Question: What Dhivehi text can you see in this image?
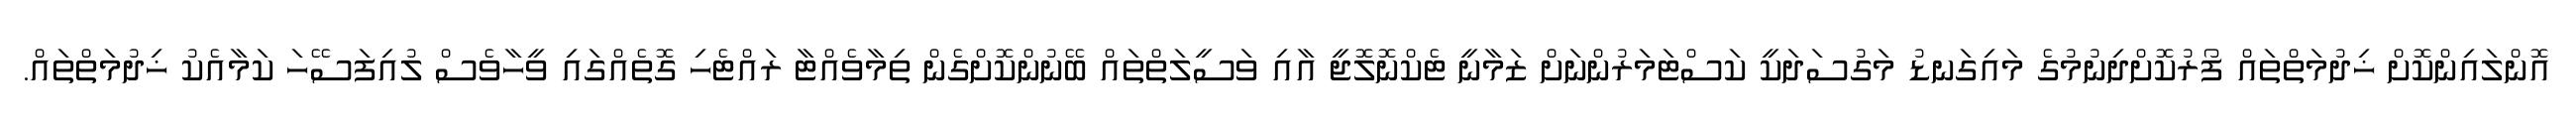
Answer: އޮންލައިންކޮށް ޚިދުމަތްތައް ފޯރުކޮށްދިނުމުގެ މައިގަނޑު މަގުސަދަކީ ކަސްޓަމަރުންނަށް ޒަމާނީ ޓެކްނޮލޮޖީ އާއި ވަސީލަތްތައް ބޭނުންކޮށްގެން ތިމާވެއްޓާ ރައްޓެހި ގޮތެއްގައި ވީހާވެސް ލުއިފަސޭހަ ކަމާއެކު ޚިދުމަތްތައް.